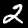
Digit: 2